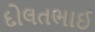
દોલતભાઈ